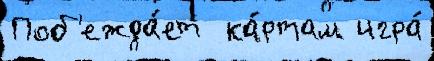
Поб'ежда́ет  ка́ртам игра́